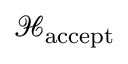
{ \mathcal { H } } _ { \mathrm { a c c e p t } }